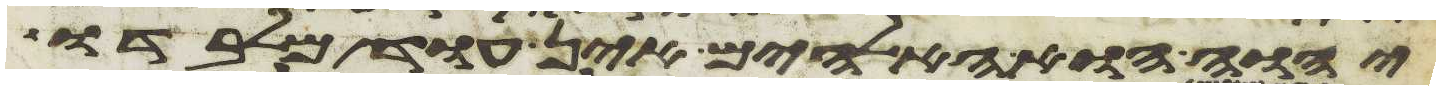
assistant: יהוה הוא האלהים אין עוד מלבדו